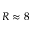
R \approx 8